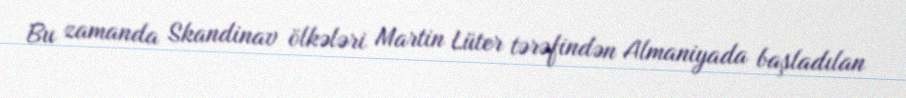
Bu zamanda Skandinav ölkələri Martin Lüter tərəfindən Almaniyada başladılan